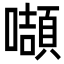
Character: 𭋴